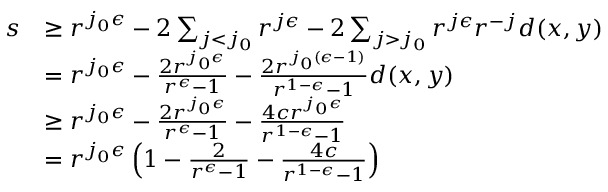
\begin{array} { r l } { s } & { \geq r ^ { j _ { 0 } \epsilon } - 2 \sum _ { j < j _ { 0 } } r ^ { j \epsilon } - 2 \sum _ { j > j _ { 0 } } r ^ { j \epsilon } r ^ { - j } d ( x , y ) } \\ & { = r ^ { j _ { 0 } \epsilon } - \frac { 2 r ^ { j _ { 0 } \epsilon } } { r ^ { \epsilon } - 1 } - \frac { 2 r ^ { j _ { 0 } ( \epsilon - 1 ) } } { r ^ { 1 - \epsilon } - 1 } d ( x , y ) } \\ & { \geq r ^ { j _ { 0 } \epsilon } - \frac { 2 r ^ { j _ { 0 } \epsilon } } { r ^ { \epsilon } - 1 } - \frac { 4 c r ^ { j _ { 0 } \epsilon } } { r ^ { 1 - \epsilon } - 1 } } \\ & { = r ^ { j _ { 0 } \epsilon } \left( 1 - \frac { 2 } { r ^ { \epsilon } - 1 } - \frac { 4 c } { r ^ { 1 - \epsilon } - 1 } \right) } \end{array}